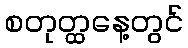
စတုတ္ထနေ့တွင်